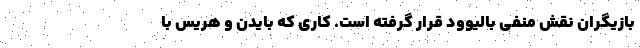
بازیگران نقش منفی بالیوود قرار گرفته است. کاری که بایدن و هریس با